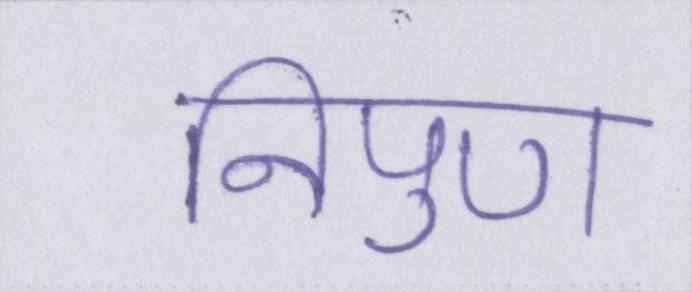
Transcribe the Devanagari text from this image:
निपुण